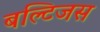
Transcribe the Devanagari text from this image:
बल्टिजस